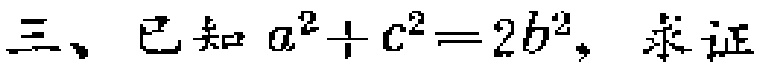
三、已知 \(a^{2}+c^{2}=2b^{2}\)，求证